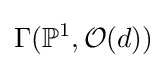
\Gamma (\mathbb {P} ^{1},{\mathcal {O}}(d))